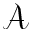
\mathcal A